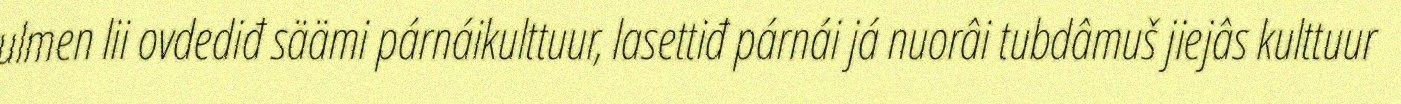
ulmen lii ovdediđ säämi párnáikulttuur, lasettiđ párnái já nuorâi tubdâmuš jiejâs kulttuur